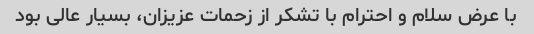
با عرض سلام و احترام با تشکر از زحمات عزیزان، بسیار عالی بود